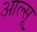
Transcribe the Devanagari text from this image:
आल्सू